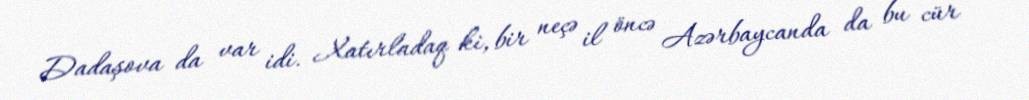
Dadaşova da var idi. Xatırladaq ki, bir neçə il öncə Azərbaycanda da bu cür